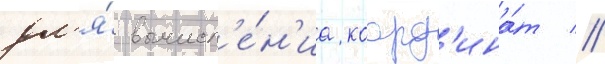
дл'я́ вычисл'е́н'иа коорд'ина́т //